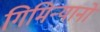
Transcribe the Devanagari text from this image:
गिमिन्यानो